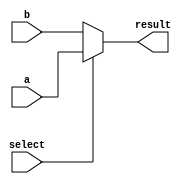
module conditional_operator_assignment (
    input wire a,          // First input signal
    input wire b,          // Second input signal
    input wire select,     // Selection signal for condition
    output reg result      // Output signal
);

// Always block to evaluate the condition and assign the result
always @(*) begin
    // Conditional operator assignment
    result = (select) ? a : b; // If select is true, assign 'a', else assign 'b'
end

endmodule